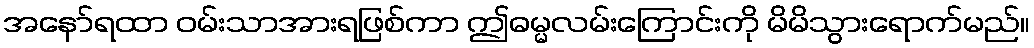
အနော်ရထာ ဝမ်းသာအားရဖြစ်ကာ ဤဓမ္မလမ်းကြောင်းကို မိမိသွားရောက်မည်။